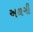
અળગી